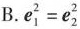
B. $$e_{1}^{2}=e_{2}^{2}$$